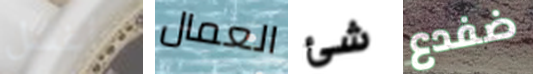
سأغسل العمال شئ ضفدع